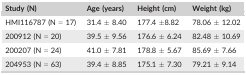
<table><thead><tr><td><b>Study (N)</b></td><td><b>Age (years)</b></td><td><b>Height (cm)</b></td><td><b>Weight (kg)</b></td></tr></thead><tbody><tr><td>HMI116787 (N = 17)</td><td>31.4 ± 8.40</td><td>177.4 ±8.82</td><td>78.06 ± 12.02</td></tr><tr><td>200912 (N = 20)</td><td>39.5 ± 9.56</td><td>176.6 ± 6.24</td><td>82.48 ± 10.69</td></tr><tr><td>200207 (N = 24)</td><td>41.0 ± 7.81</td><td>178.8 ± 5.67</td><td>85.69 ± 7.66</td></tr><tr><td>204953 (N = 63)</td><td>39.4 ± 8.85</td><td>175.1 ± 7.30</td><td>79.21 ± 9.14</td></tr></tbody></table>